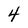
Character: 4